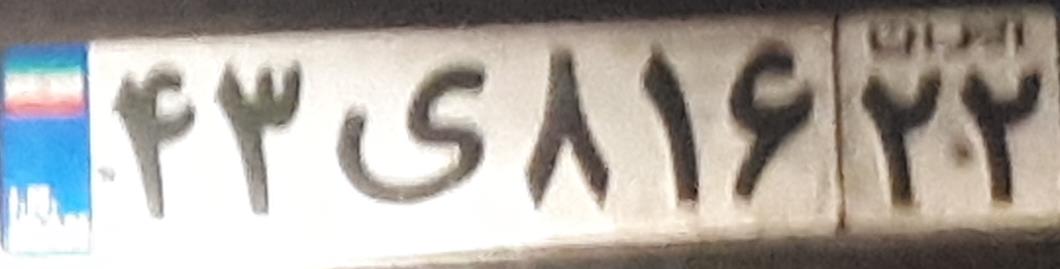
۴۳ی۸۱۶۲۲